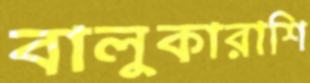
বালুকারাশি